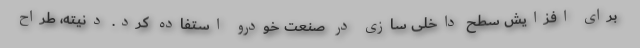
برای افزایش سطح داخلی سازی در صنعت خودرو استفاده کرد. دنیته، طراح